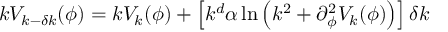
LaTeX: k V _ { k - \delta k } ( \phi ) = k V _ { k } ( \phi ) + \left[ k ^ { d } \alpha \ln \left( k ^ { 2 } + \partial _ { \phi } ^ { 2 } V _ { k } ( \phi ) \right) \right] \delta k